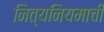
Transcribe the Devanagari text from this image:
नित्यनियमाची